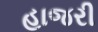
હાજરી